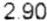
2.90